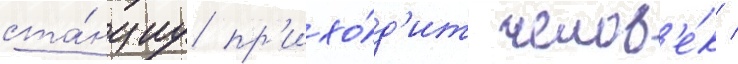
ста́нциу пр'ихо́д'ит челов'е́к /